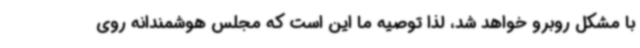
با مشکل روبرو خواهد شد، لذا توصیه ما این است که مجلس هوشمندانه روی